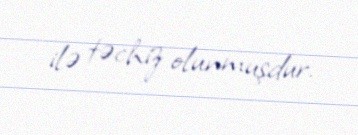
ilə təchiz olunmuşdur.